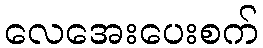
လေအေးပေးစက်